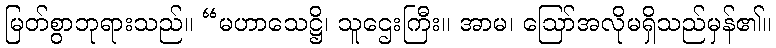
မြတ်စွာဘုရားသည်။ “မဟာသေဋ္ဌိ၊ သူဌေးကြီး။ အာမ၊ ဩော်အလိုမရှိသည်မှန်၏။